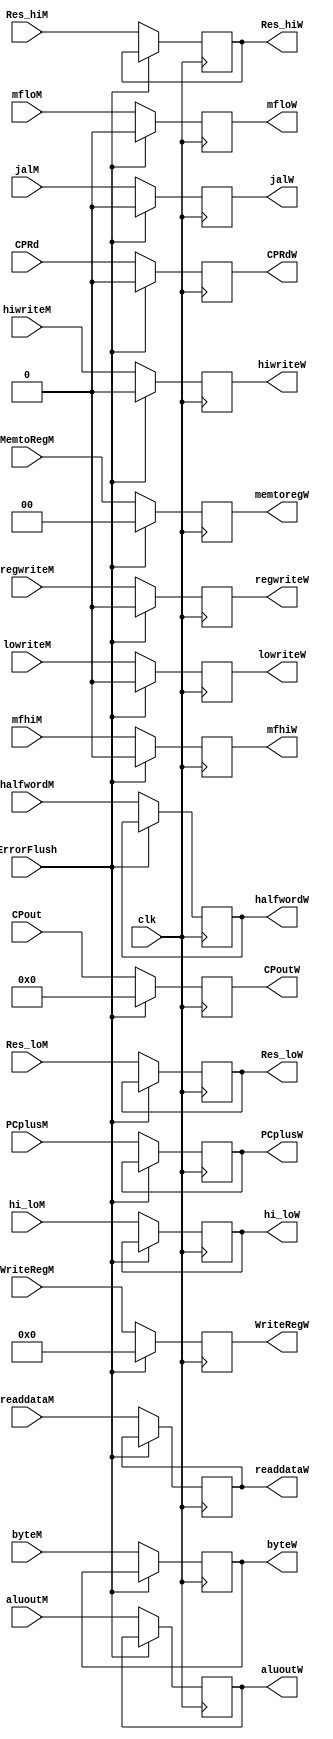
`timescale 1ns / 1ps

module MEM_WB_REG (
    input jalM,
    input regwriteM,
    input[1:0] MemtoRegM,
    input[31:0] aluoutM,
    input[31:0] readdataM,
    input[31:0] halfwordM,
    input[4:0] WriteRegM,
    input[31:0] byteM,
    input[31:0] PCplusM,
    input lowriteM,
    input hiwriteM,
    input mfloM,
    input mfhiM,
    input[31:0] Res_hiM,
    input[31:0] Res_loM,
    input[31:0] hi_loM,
    input clk,
    input ErrorFlush,
    input[31:0] CPout,
    input CPRd,

    output jalW,
    output regwriteW,
    output [1:0] memtoregW,
    output [31:0] aluoutW,
    output [31:0] readdataW,
    output [31:0] halfwordW,
    output [4:0] WriteRegW,
    output [31:0] byteW,
    output [31:0] PCplusW,
    output lowriteW,
    output hiwriteW,
    output mfloW,
    output mfhiW,
    output [31:0] Res_hiW,
    output [31:0] Res_loW,
    output [31:0] hi_loW,

    output[31:0] CPoutW,
    output CPRdW
);
    reg _jalW = 0;
    reg _regwriteW = 0;
    reg[1:0] _memtoregW = 0;
    reg[31:0] _aluoutW = 0;
    reg[31:0] _readdataW = 0;
    reg[31:0] _halfwordW = 0;
    reg[4:0] _WriteRegW = 0;
    reg[31:0] _byteW = 0;
    reg[31:0] _PCplusW = 0;
    reg _lowriteW = 0;
    reg _hiwriteW = 0;
    reg _mfloW = 0;
    reg _mfhiW = 0;
    reg[31:0] _Res_hiW = 0;
    reg[31:0] _Res_loW = 0;
    reg[31:0] _hi_loW = 0;
    reg[31:0] _CPout = 0;
    reg _CPRd = 0;

    always @(posedge clk) 
    begin
        if(~ErrorFlush)
        begin
            _jalW <= jalM;
            _regwriteW <= regwriteM;
            _memtoregW <= MemtoRegM;
            _aluoutW <= aluoutM;
            _readdataW <= readdataM;
            _halfwordW <= halfwordM;
            _WriteRegW <= WriteRegM;
            _byteW <= byteM;
            _PCplusW <= PCplusM;
            _lowriteW <= lowriteM;
            _hiwriteW <= hiwriteM;
            _mfloW <= mfloM;
            _mfhiW <= mfhiM;
            _Res_hiW <= Res_hiM;
            _Res_loW <= Res_loM;
            _hi_loW <= hi_loM;
            _CPout <= CPout;
            _CPRd <= CPRd;
        end
        else
        begin
            _jalW <= 0;
            _regwriteW <= 0;
            _memtoregW <= 0;
            _WriteRegW <= 0;
            _lowriteW <= 0;
            _hiwriteW <= 0;
            _mfloW <= 0;
            _mfhiW <= 0;
            _CPout <= 0;
            _CPRd <= 0;
        end
    end
    
        assign jalW = _jalW;
        assign regwriteW = _regwriteW;
        assign memtoregW = _memtoregW;
        assign aluoutW = _aluoutW;
        assign readdataW = _readdataW;
        assign halfwordW = _halfwordW;
        assign WriteRegW = _WriteRegW;
        assign byteW = _byteW;
        assign PCplusW = _PCplusW;
        assign lowriteW = _lowriteW;
        assign hiwriteW = _hiwriteW;
        assign mfloW = _mfloW;
        assign mfhiW = _mfhiW;
        assign Res_hiW = _Res_hiW;
        assign Res_loW = _Res_loW;
        assign hi_loW = _hi_loW;
        assign CPoutW = _CPout;
        assign CPRdW = _CPRd;
endmodule